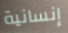
إنسانية